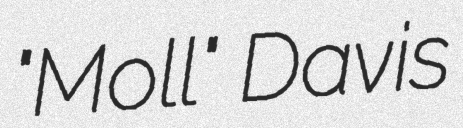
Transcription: "Moll" Davis